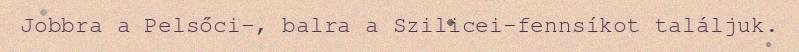
Jobbra a Pelsőci-, balra a Szilicei-fennsíkot találjuk.